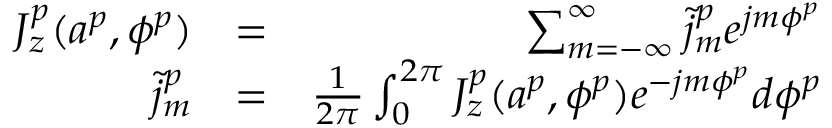
\begin{array} { r l r } { J _ { z } ^ { p } ( a ^ { p } , \phi ^ { p } ) } & { = } & { \sum _ { m = - \infty } ^ { \infty } \tilde { j } _ { m } ^ { p } e ^ { j m \phi ^ { p } } } \\ { \tilde { j } _ { m } ^ { p } } & { = } & { { \frac { 1 } { 2 \pi } } \int _ { 0 } ^ { 2 \pi } J _ { z } ^ { p } ( a ^ { p } , \phi ^ { p } ) e ^ { - j m \phi ^ { p } } d \phi ^ { p } } \end{array}